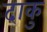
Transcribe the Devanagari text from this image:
दाकु